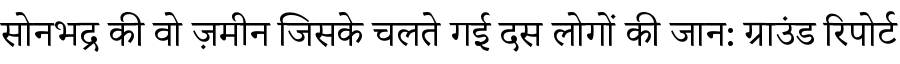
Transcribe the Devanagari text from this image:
सोनभद्र की वो ज़मीन जिसके चलते गई दस लोगों की जान: ग्राउंड रिपोर्ट